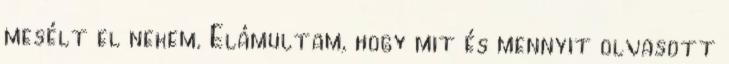
mesélt el nekem. Elámultam, hogy mit és mennyit olvasott